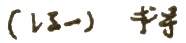
$(-z_1)$ 符号